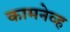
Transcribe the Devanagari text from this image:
कामनेव्ह